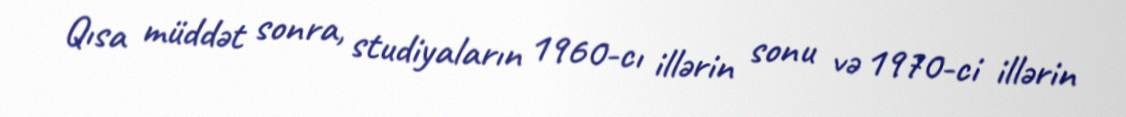
Qısa müddət sonra, studiyaların 1960-cı illərin sonu və 1970-ci illərin